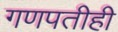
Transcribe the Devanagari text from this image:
गणपतीही